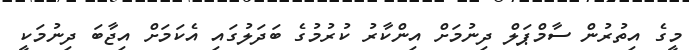
މީގެ އިތުރުން ސާމްޕަލް ދިނުމަށް އިންކާރު ކުރުމުގެ ބަދަލުގައި އެކަމަށް އިޖާބަ ދިނުމަކީ